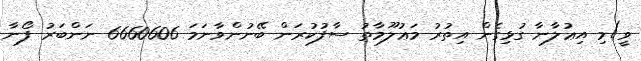
ވީ)މި އިޢުލާނާ ގުޅިގެން އިތުރު މަޢުލޫމާތު ސާފުކުރަން ބޭނުންވާނަމަ 6660606 ނަންބަރު ފޯނާ